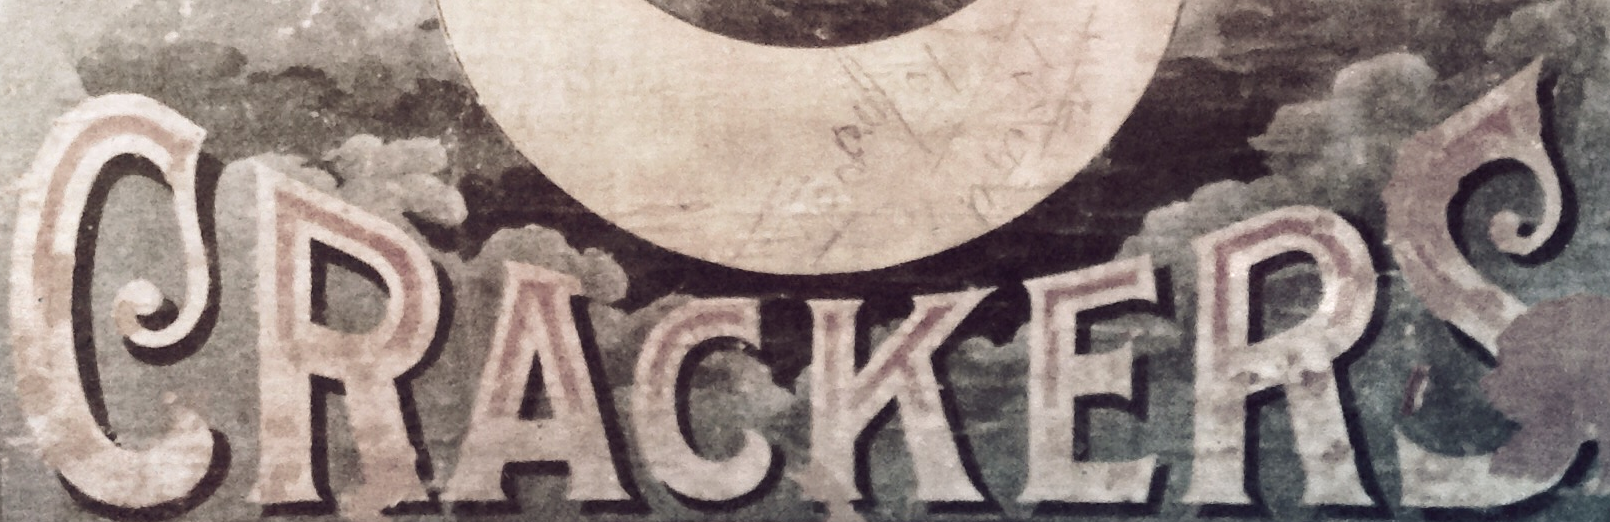
CRACKERS